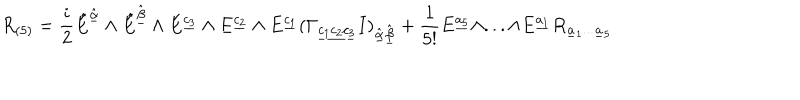
LaTeX: R _ { ( 5 ) } = { \frac { i } { 2 } } \hat { E } ^ { \hat { \underline { { \alpha } } } } \wedge \hat { E } ^ { \hat { \underline { { \beta } } } } \wedge E ^ { { \underline { { { c _ { 3 } } } } } } \wedge E ^ { { \underline { { { c _ { 2 } } } } } } \wedge E ^ { { \underline { { { c _ { 1 } } } } } } ( \Gamma _ { { \underline { { { c _ { 1 } c _ { 2 } c _ { 3 } } } } } } I ) _ { \hat { \underline { { { \alpha } } } } \hat { \underline { { { \beta } } } } } + { \frac { 1 } { 5 ! } } E ^ { { \underline { { { a _ { 5 } } } } } } \wedge . . . \wedge E ^ { { \underline { { { a _ { 1 } } } } } } R _ { \underline { { { a } } } _ { 1 } . . . \underline { { { a } } } _ { 5 } }